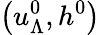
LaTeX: \left(u_{\Lambda}^{0},h^{0}\right)